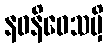
နဝနိဝေသမှိ